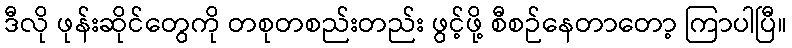
ဒီလို ဖုန်းဆိုင်တွေကို တစုတစည်းတည်း ဖွင့်ဖို့ စီစဉ်နေတာတော့ ကြာပါပြီ။